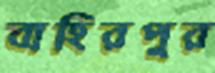
বাহিরপুর